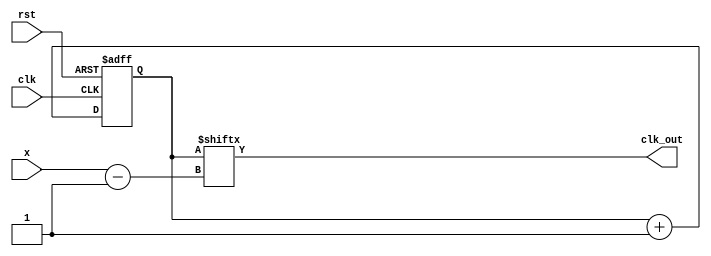
`timescale 1ns / 1ps
//////////////////////////////////////////////////////////////////////////////////
// Company: 
// Engineer: 
// 
// Design Name: 
// Module Name: frequency_divider
// Project Name: 
// Target Devices: 
// Tool Versions: 
// Description: 
// 
// Dependencies: 
// 
// Revision:
// Revision 0.01 - File Created
// Additional Comments:
// 
//////////////////////////////////////////////////////////////////////////////////


module frequency_divider(
input rst,
input clk,
input [30:0]x,
output clk_out
);
reg [30:0]cnt;
    
    always @(posedge clk or posedge rst) begin
        if(rst)begin
            cnt <= 0;
        end
        else begin
            cnt <= cnt + 1;
        end
    end
    
assign clk_out = cnt[x-1];

endmodule